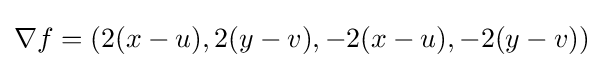
\nabla f=(2(x-u),2(y-v),-2(x-u),-2(y-v))